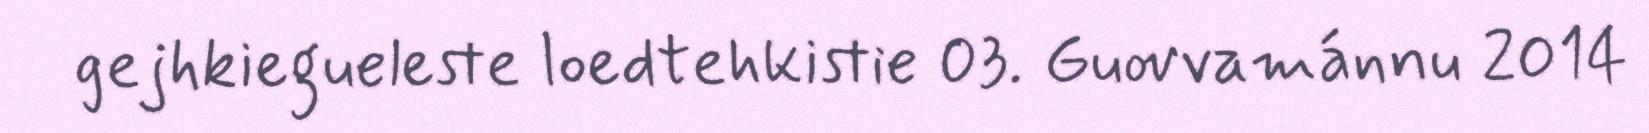
gejhkiegueleste loedtehkistie 03. Guovvamánnu 2014